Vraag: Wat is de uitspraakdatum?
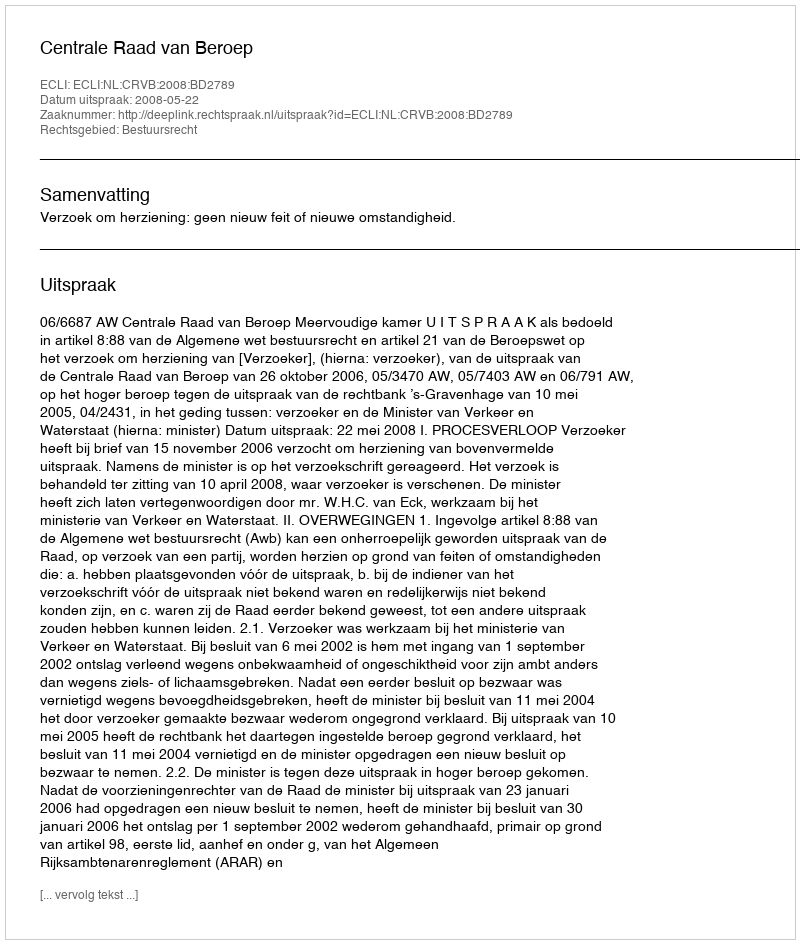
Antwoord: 2008-05-22